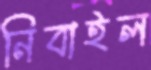
নিবাইল